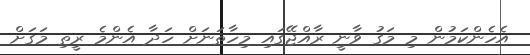
އެހެންކަމުން މި މަގު ވާނީ ރާއްޖޭގައި މިހާތަނަށް ހަދާ އެންމެ ރީތި މަގަށް